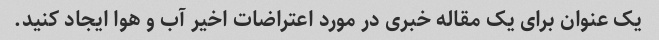
یک عنوان برای یک مقاله خبری در مورد اعتراضات اخیر آب و هوا ایجاد کنید.